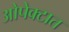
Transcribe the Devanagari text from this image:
ओपेक्टात